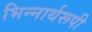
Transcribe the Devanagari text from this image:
भिन्‍नार्थरूपी